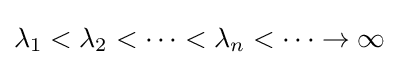
\lambda _{1}<\lambda _{2}<\cdots <\lambda _{n}<\cdots \to \infty